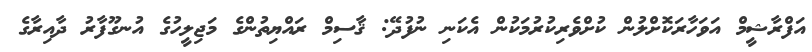
އަފްރާޝީމް އަވަހާރަކޮށްލުން ކުށްވެރިކުރުމަކުން އެކަނި ނުފުދޭ: ޤާސިމް ރައްޔިތުންގެ މަޖިލީހުގެ އުނގޫފާރު ދާއިރާގެ